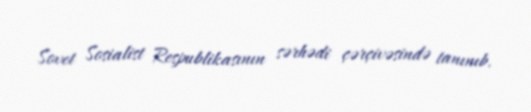
Sovet Sosialist Respublikasının sərhədi çərçivəsində tanınıb.